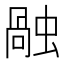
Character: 𧎏